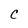
Character: c